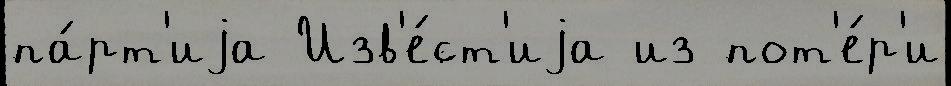
па́рт'иjа Изв'е́ст'иjа из пот'е́р'и